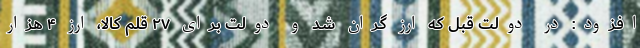
افزود: در دولت قبل که ارز گران شد و دولت برای ۲۷ قلم کالا، ارز ۴ هزار